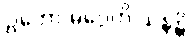
ဥဘော မဂ္ဂေဟိ သန္ဒန္တိ၊